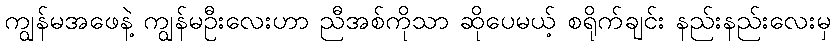
ကျွန်မအဖေနဲ့ ကျွန်မဦးလေးဟာ ညီအစ်ကိုသာ ဆိုပေမယ့် စရိုက်ချင်း နည်းနည်းလေးမှ